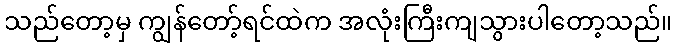
သည်တော့မှ ကျွန်တော့်ရင်ထဲက အလုံးကြီးကျသွားပါတော့သည်။